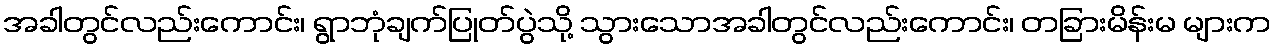
အခါတွင်လည်းကောင်း၊ ရွာဘုံချက်ပြုတ်ပွဲသို့ သွားသောအခါတွင်လည်းကောင်း၊ တခြားမိန်းမ များက